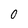
Character: 0